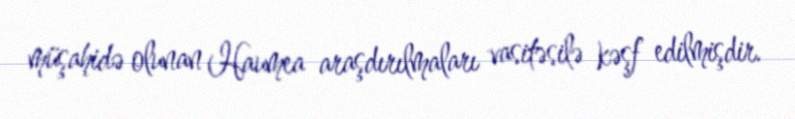
müşahidə olunan Haumea araşdırılmaları vasitəsilə kəşf edilmişdir.